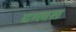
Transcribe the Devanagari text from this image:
दग्लस